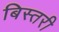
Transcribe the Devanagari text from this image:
बिस्तरी